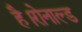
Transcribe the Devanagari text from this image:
है।रोनाल्ड